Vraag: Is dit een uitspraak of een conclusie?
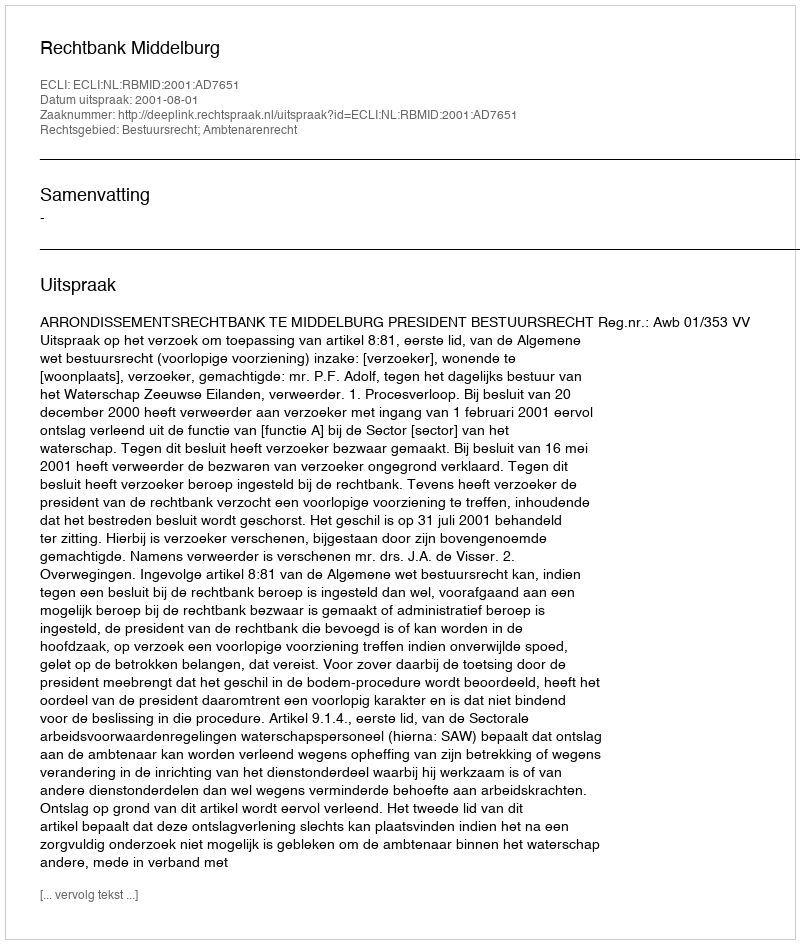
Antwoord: Uitspraak